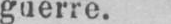
guerre.